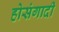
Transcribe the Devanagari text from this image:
होसंगादी